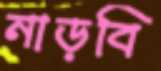
নাড়বি